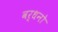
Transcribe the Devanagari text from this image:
वर्धनो